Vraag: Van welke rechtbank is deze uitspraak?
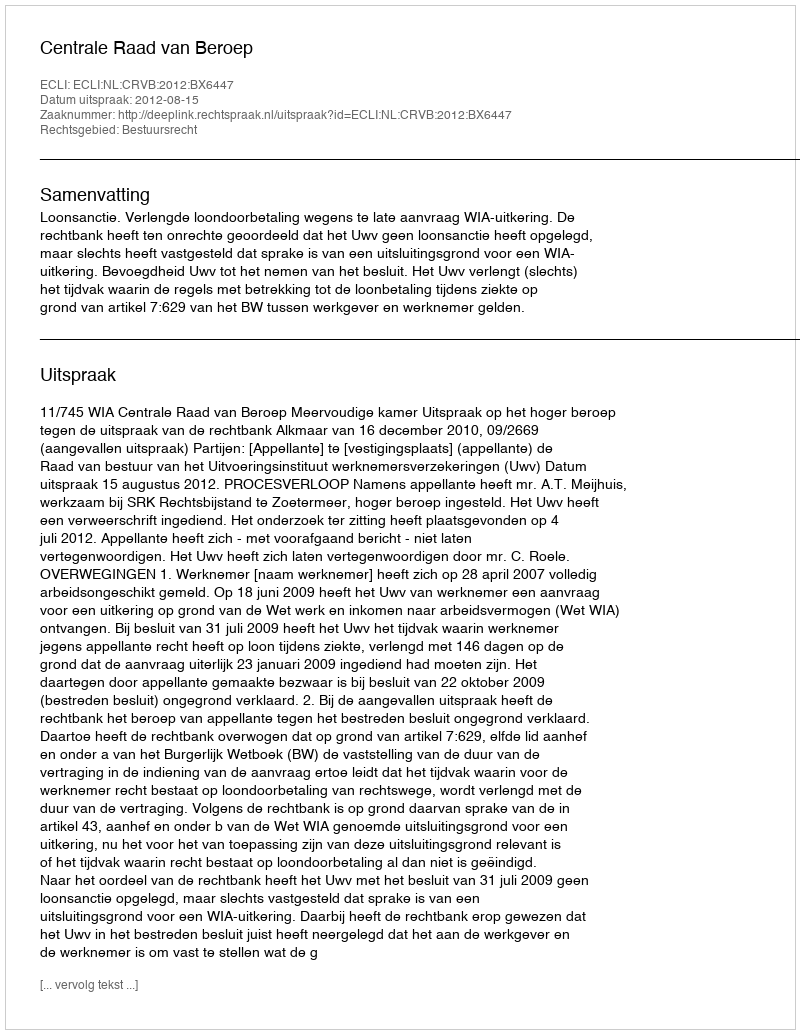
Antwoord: Centrale Raad van Beroep